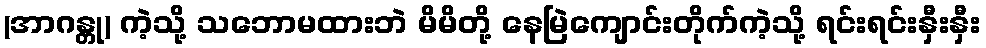
(အာဂန္တု) ကဲ့သို့ သဘောမထားဘဲ မိမိတို့ နေမြဲကျောင်းတိုက်ကဲ့သို့ ရင်းရင်းနှီးနှီး